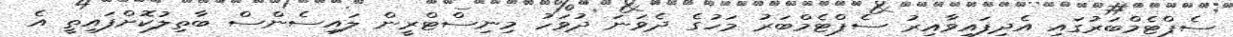
ސެޕްޓެމްބަރުގައި އެދިފައިވާއިރު ސެޕްޓެމްބަރު މަހުގެ ދެވަނަ ދުވަހު މިނިސްޓްރީން ލައިސެންސް ބާތިލުކޮށްފައިތީ އެ